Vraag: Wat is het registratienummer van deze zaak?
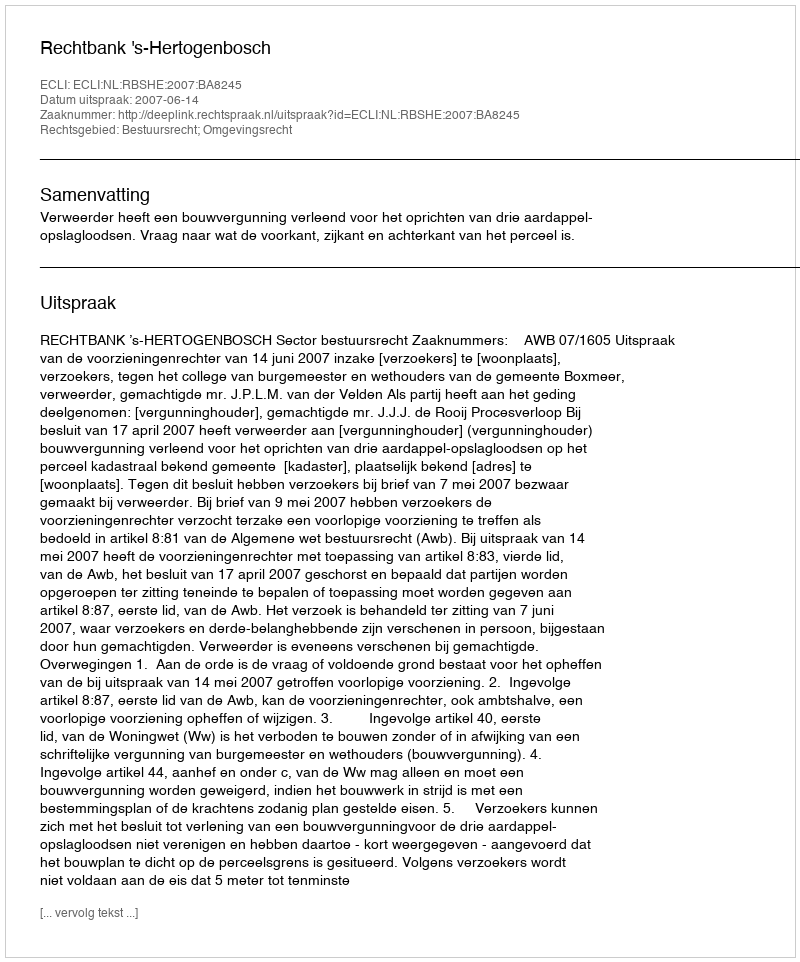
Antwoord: http://deeplink.rechtspraak.nl/uitspraak?id=ECLI:NL:RBSHE:2007:BA8245